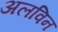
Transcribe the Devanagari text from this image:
अलविन